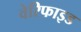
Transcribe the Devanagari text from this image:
वेरिफाइड